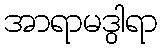
အာရာမဒွါရာ